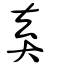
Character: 弆